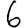
Digit: 6